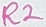
Text: R2